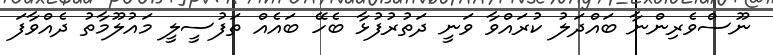
ނޫސްވެރިންނާ ބައްދަލު ކުރައްވާ ވަނީ ދަތުރުފުޅާ ބެހޭ ބައެއް ތަފުސީލީ މައުލޫމާތު ދެއްވާފަ